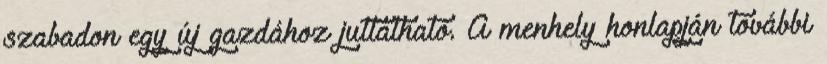
szabadon egy új gazdához juttatható. A menhely honlapján további